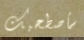
سأصطحبك